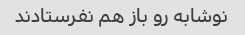
نوشابه رو باز هم نفرستادند